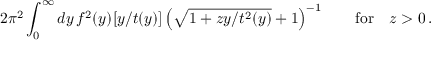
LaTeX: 2 \pi ^ { 2 } \int _ { 0 } ^ { \infty } d y \, f ^ { 2 } ( y ) [ y / t ( y ) ] \left( \sqrt { 1 + z y / t ^ { 2 } ( y ) } + 1 \right) ^ { - 1 } \qquad \mathrm { f o r } \quad z > 0 \, .